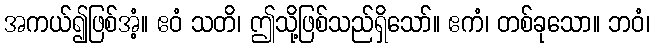
အကယ်၍ဖြစ်အံ့။ ဧဝံ သတိ၊ ဤသို့ဖြစ်သည်ရှိသော်။ ဧကံ၊ တစ်ခုသော။ ဘဝံ၊